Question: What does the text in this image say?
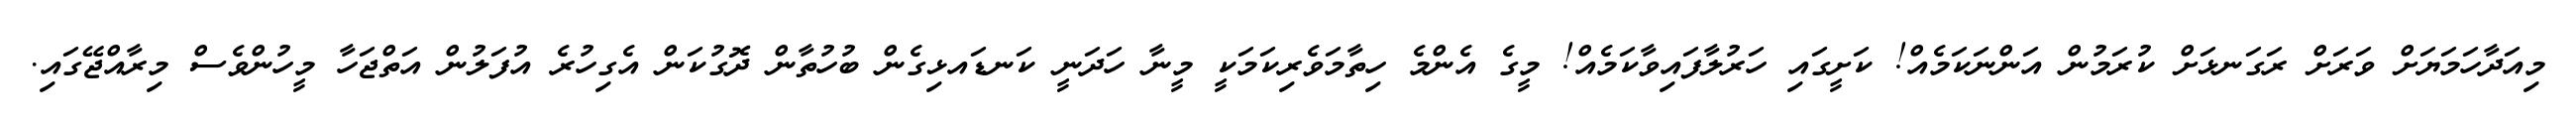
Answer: މިއަދާހަމަޔަށް ވަރަށް ރަގަނޅަށް ކުރަމުން އަންނަކަމެއް! ކަށީގައި ހަރުލާފައިވާކަމެއް! މީގެ އެންމެ ހިތާމަވެރިކަމަކީ މީނާ ހަދަނީ ކަނޑައޅިގެން ބުހުތާން ދޮގުކަން އެގިހުރެ އުފަލުން އަތްޖަހާ މީހުންވެސް މިރާއްޖޭގައި.